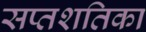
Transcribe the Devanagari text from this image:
सप्तशतिका